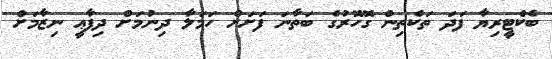
ބެކްޓީރިޔާ ފަދަ ތަކެތިން ގޮހޮރުގެ ބަތާނަ ފަށަށް ހަމަލާ ދިނުމަށް ދިފާޢީ ނިޒާމަށް